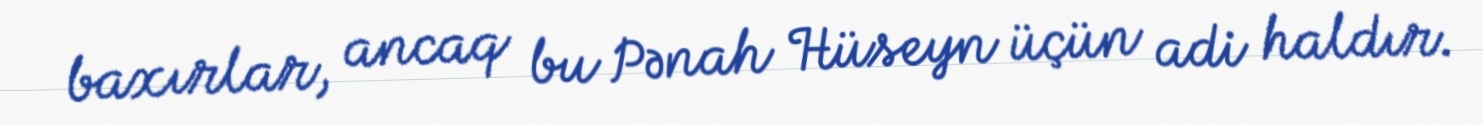
baxırlar, ancaq bu Pənah Hüseyn üçün adi haldır.